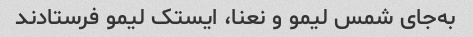
به‌جای شمس لیمو و نعنا، ایستک لیمو فرستادند